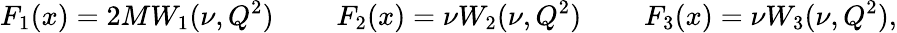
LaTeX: F_{1}(x)=2MW_{1}(\nu,Q^{2})\; \; \; \; \; \; \; \; F_{2}(x)=\nu W_{2}(\nu,Q^{2})\; \; \; \; \; \; \; \; F_{3}(x)=\nu W_{3}(\nu,Q^{2}),